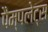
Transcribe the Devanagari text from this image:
पैम्पलेट्स